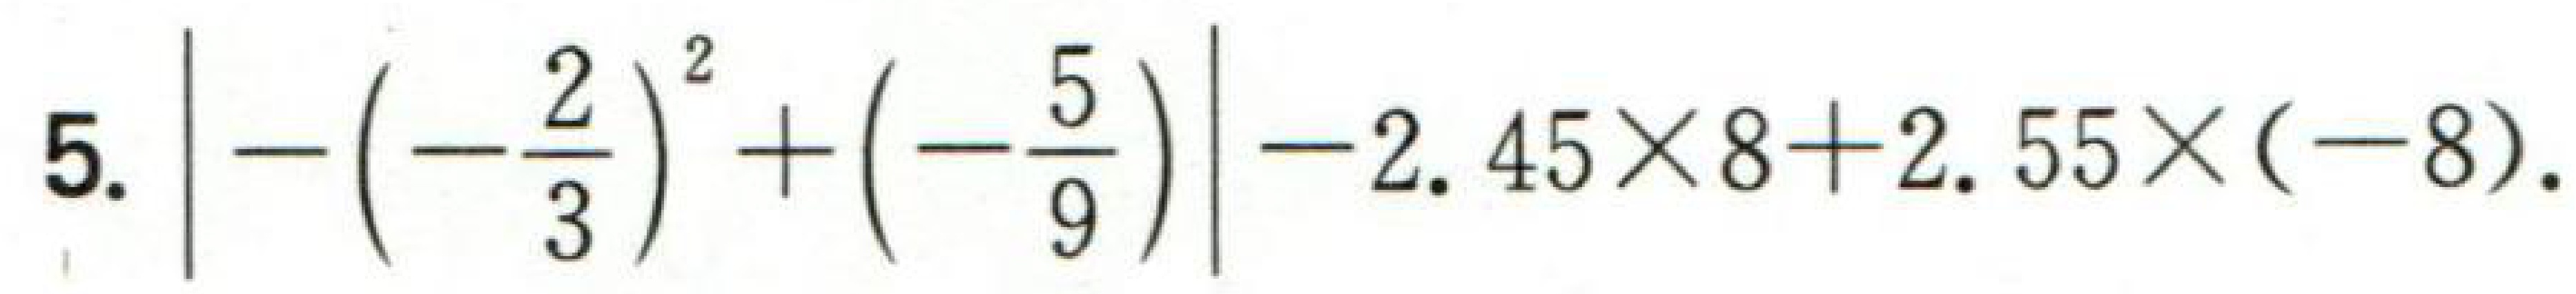
5. \(\left|- \left(-\frac{2}{3}\right)^{2}+\left(-\frac{5}{9}\right)\right|-2.45\times8 + 2.55\times(-8)\).